Annual statistical returns and brief notes on vaccination in Bengal - 1909-1929
Year: 1909
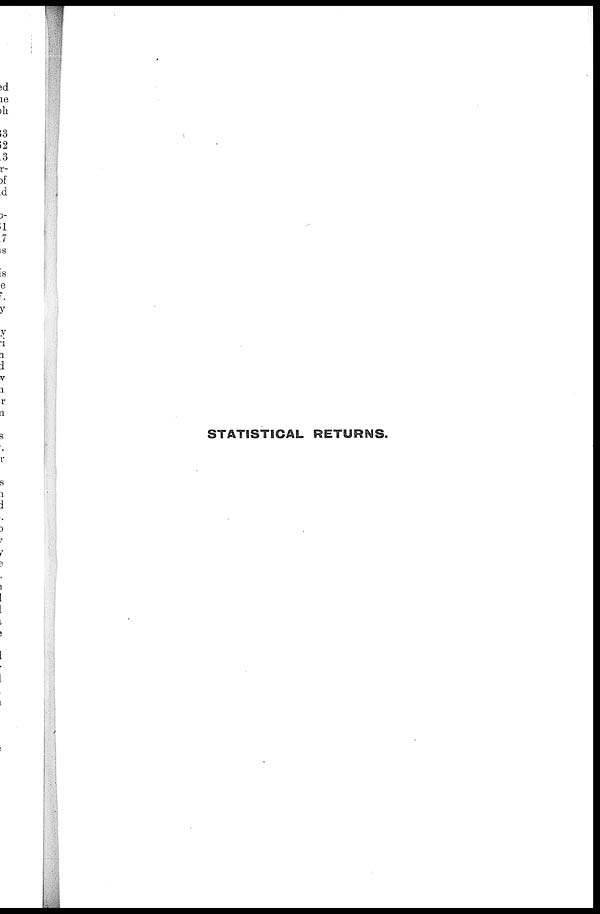
STATISTICAL RETURNS.